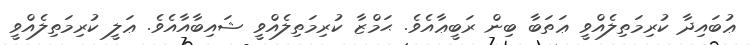
ޢުބައިދާ ކުރިމަތިލެއްވީ ޢަތަބާ ބިން ރަބީޢާއެވެ. ޙަމްޒާ ކުރިމަތިލެއްވީ ޝައިބާއާއެވެ. ޢަލީ ކުރިމަތިލެއްވީ